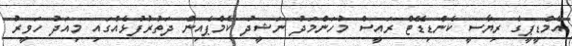
އެމްޑީޕީގެ ރިޔާސީ ކެންޑިޑޭޓް ރައީސް މުހަންމަދު ނަޝީދު ކެމްޕެއިން ދަތުރުފުޅެއްގައި މިއަދު ހަވީރު